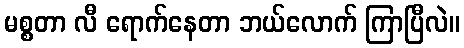
မစ္စတာ လီ ရောက်နေတာ ဘယ်လောက် ကြာပြီလဲ။